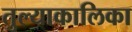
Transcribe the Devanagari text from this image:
तुल्याकालिका